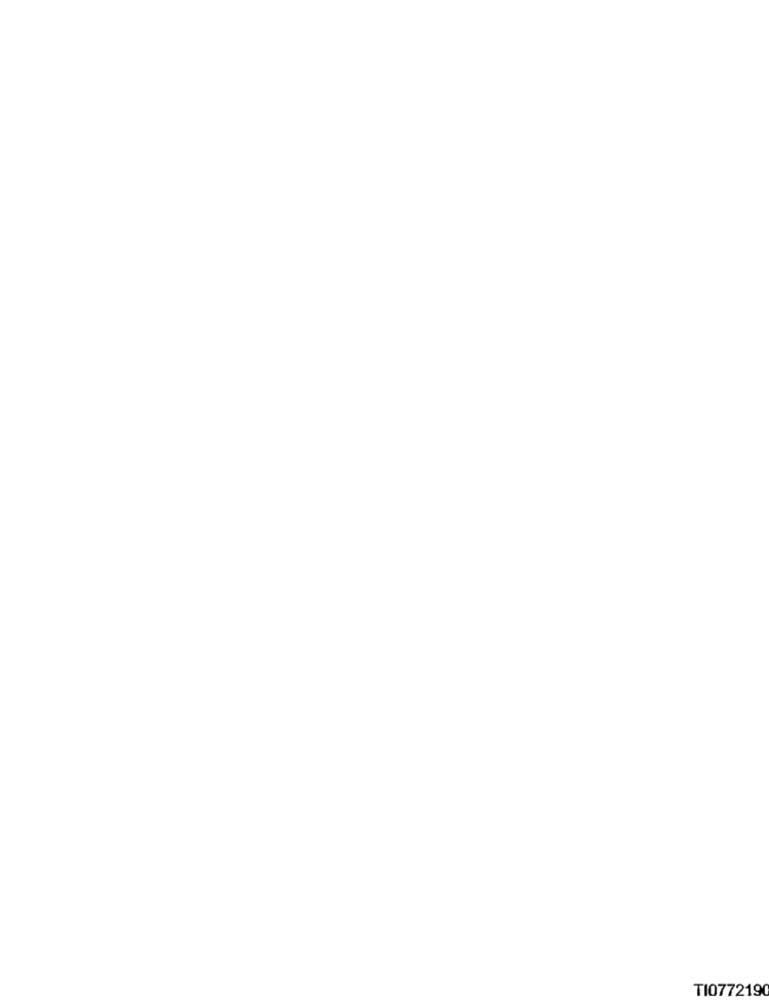
TI0772190